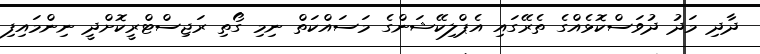
ދާދި މަދު ދުވަސްކޮޅެއްގެ ތެރޭގައި އެޕްލިކޭޝަންގެ މަސައްކަތް ނިމި ގޯތި ރަޖިސްޓްރީކޮށްދީ ނިންމައިފި